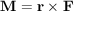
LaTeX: \mathbf { M } = \mathbf { r } \times \mathbf { F }